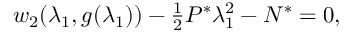
\begin{array} { r } { w _ { 2 } ( \lambda _ { 1 } , g ( \lambda _ { 1 } ) ) - \frac { 1 } { 2 } P ^ { * } \lambda _ { 1 } ^ { 2 } - N ^ { * } = 0 , } \end{array}